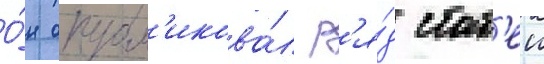
О́н опубл'икова́л р'я́д стат'еи